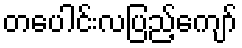
တပေါင်းလပြည့်ကျော်